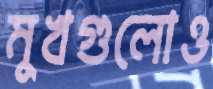
মুখগুলোও